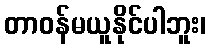
တာဝန်မယူနိုင်ပါဘူး၊